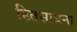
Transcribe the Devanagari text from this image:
हितसाधना